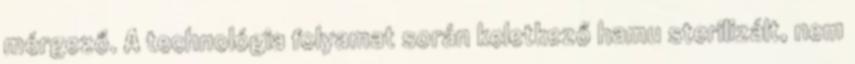
mérgező. A technológia folyamat során keletkező hamu sterilizált, nem